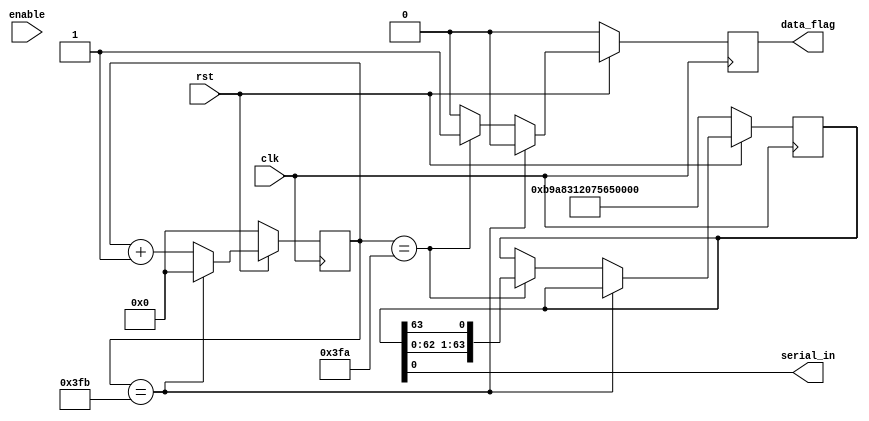
`timescale 1ns/1ns

module data_generator(
  input   clk,
  input   rst, 
  input   enable,
  output  serial_in, 
  output  data_flag
  );
  
  reg [9:0]   counter;
  reg [63:0]  shift_reg; 
  reg         flag_reg;        
  
  always @(posedge clk) begin
    flag_reg = 0;
    if(rst == 0) begin
      counter <= 0;
      shift_reg<=64'b1011100110101000001100010010000001110101011001001111110111101100;
    end
    else if(counter == 1019) counter <= 0;
    else begin
      if(counter == 1018) begin
        counter <= counter + 1;
        shift_reg <= {shift_reg[62:0], shift_reg[63]};
        flag_reg = 1;
        end
      else counter <= counter + 1;  
      end 
  end 
  
  assign data_flag = flag_reg;
  assign serial_in = shift_reg[0];
  
endmodule